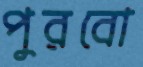
পুরবো